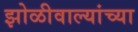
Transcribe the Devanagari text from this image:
झोळीवाल्यांच्या